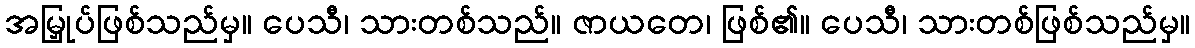
အမြှုပ်ဖြစ်သည်မှ။ ပေသီ၊ သားတစ်သည်။ ဇာယတေ၊ ဖြစ်၏။ ပေသီ၊ သားတစ်ဖြစ်သည်မှ။